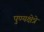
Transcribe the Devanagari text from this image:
पुण्यक्षेत्रे